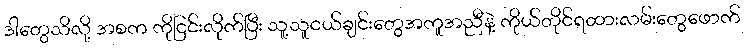
ဒါတွေသိလို့ အစက ကိုငြင်းလိုက်ပြီး သူ့သူငယ်ချင်းတွေအကူအညီနဲ့ ကိုယ်တိုင်ရထားလမ်းတွေဖောက်